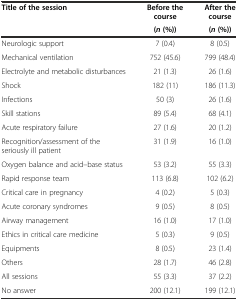
| Title of the session | Before the course | After the course |
 |  | (n(%)) | (n(%)) |
 | --- | --- | --- |
 | Neurologic support | 7 (0.4) | 8 (0.5) |
 | Mechanical ventilation | 752 (45.6) | 799 (48.4) |
 | Electrolyte and metabolic disturbances | 21 (1.3) | 26 (1.6) |
 | Shock | 182 (11) | 186 (11.3) |
 | Infections | 50 (3) | 26 (1.6) |
 | Skill stations | 89 (5.4) | 68 (4.1) |
 | Acute respiratory failure | 27 (1.6) | 20 (1.2) |
 | Recognition/assessment of the seriously ill patient | 31 (1.9) | 16 (1.0) |
 | Oxygen balance and acid–base status | 53 (3.2) | 55 (3.3) |
 | Rapid response team | 113 (6.8) | 102 (6.2) |
 | Critical care in pregnancy | 4 (0.2) | 5 (0.3) |
 | Acute coronary syndromes | 9 (0.5) | 8 (0.5) |
 | Airway management | 16 (1.0) | 17 (1.0) |
 | Ethics in critical care medicine | 5 (0.3) | 9 (0.5) |
 | Equipments | 8 (0.5) | 23 (1.4) |
 | Others | 28 (1.7) | 46 (2.8) |
 | All sessions | 55 (3.3) | 37 (2.2) |
 | No answer | 200 (12.1) | 199 (12.1) |